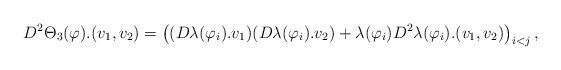
LaTeX: \begin{align*}D^2\Theta_3(\varphi).(v_1,v_2)=\left((D\lambda(\varphi_i).v_1)(D\lambda(\varphi_i).v_2)+\lambda(\varphi_i)D^2\lambda(\varphi_i).(v_1,v_2)\right)_{i<j},\end{align*}